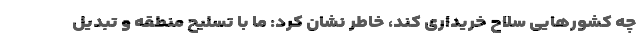
چه کشورهایی سلاح خریداری کند، خاطر نشان کرد: ما با تسلیح منطقه و تبدیل